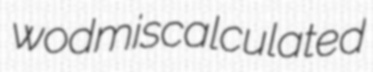
wod miscalculated